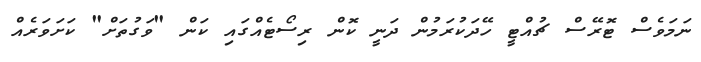
ނަމަވެސް ޓޮރޭސް ޗުއްޓީ ހޭދަކުރަމުން ދަނީ ކޮން ރިސޯޓެއްގައި ކަން "ވަގުތަށް" ކަށަވަރެއް